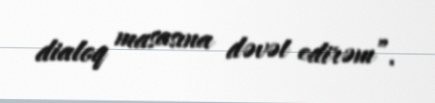
dialoq masasına dəvət edirəm”.